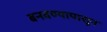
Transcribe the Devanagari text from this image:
बनवण्यापासून